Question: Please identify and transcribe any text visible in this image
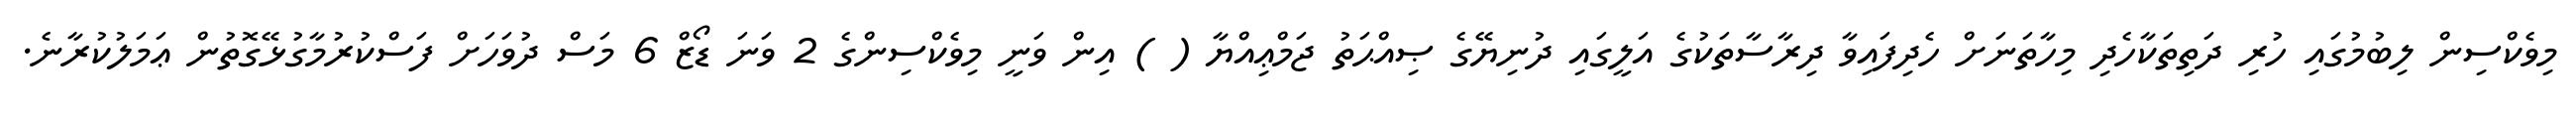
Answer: މިވެކްސިން ލިބުމުގައި ހުރި ދަތިތަކާހެދި މިހާތަނަށް ހެދިފައިވާ ދިރާސާތަކުގެ އަލީގައި ދުނިޔޭގެ ޞިއްޙަތު ޖަމްޢިއްޔާ ( ) އިން ވަނީ މިވެކްސިންގެ 2 ވަނަ ޑޯޒް 6 މަސް ދުވަހަށް ފަސްކުރުމާގުޅޭގޮތުން ޢަމަލުކުރާނެ.